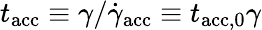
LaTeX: t_{\mathrm{acc}}\equiv\gamma/\dot{\gamma}_{\mathrm{acc}}\equiv t_{\mathrm{acc,0}}\gamma